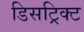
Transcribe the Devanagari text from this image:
डिसट्रिक्ट